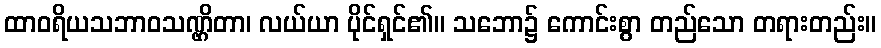
ထာဝရိယသဘာဝသဏ္ဌိတာ၊ လယ်ယာ ပိုင်ရှင်၏။ သဘော၌ ကောင်းစွာ တည်သော တရားတည်း။